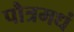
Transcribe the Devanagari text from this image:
पौत्रमधं